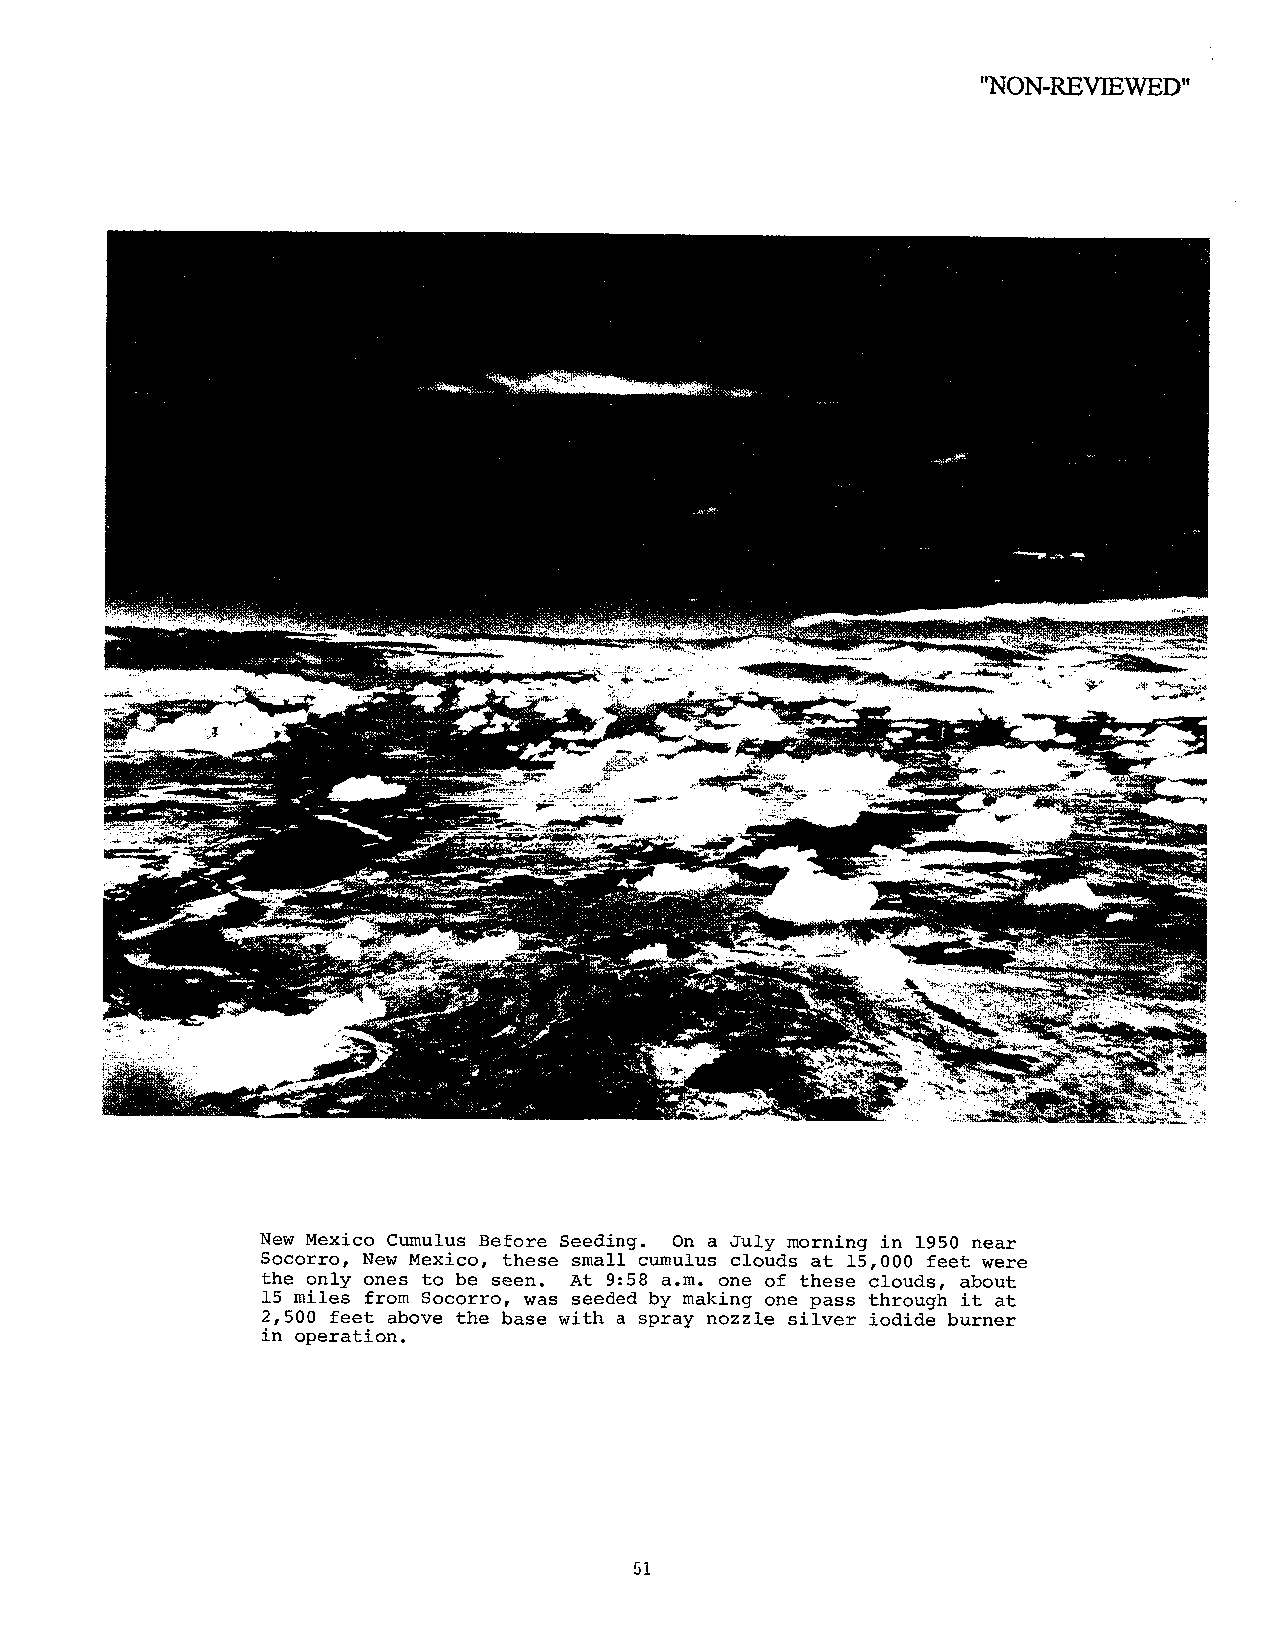
"NON-REVIEWED"
 New Mexico Cumulus Before Seeding. On a July morning in 1950 near
 Socorro, New Mexico, these small cumulus clouds at 15,000 feet were
 the only ones to be seen. At 9:58 a.m. one of these clouds, about
 15 miles from Socorro, was seeded by making one pass through it at
 2,500 feet above the base with a spray nozzle silver iodide burner
 in operation.
 51